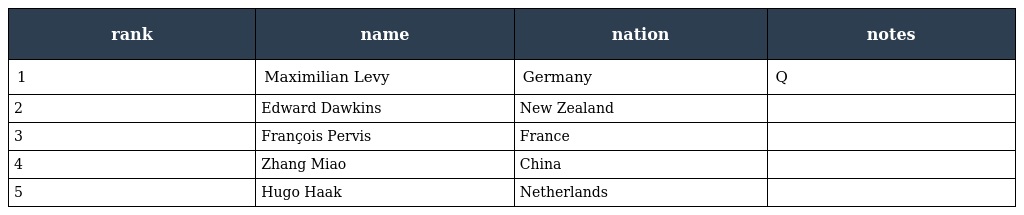
| rank | name | nation | notes |
 | --- | --- | --- | --- |
 | 1 | Maximilian Levy | Germany | Q |
 | 2 | Edward Dawkins | New Zealand |  |
 | 3 | François Pervis | France |  |
 | 4 | Zhang Miao | China |  |
 | 5 | Hugo Haak | Netherlands |  |